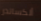
ألكساندر